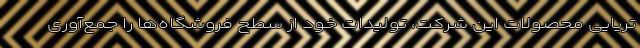
تریایی محصولات این شرکت، تولیدات خود از سطح فروشگاه‌ها را جمع‌آوری